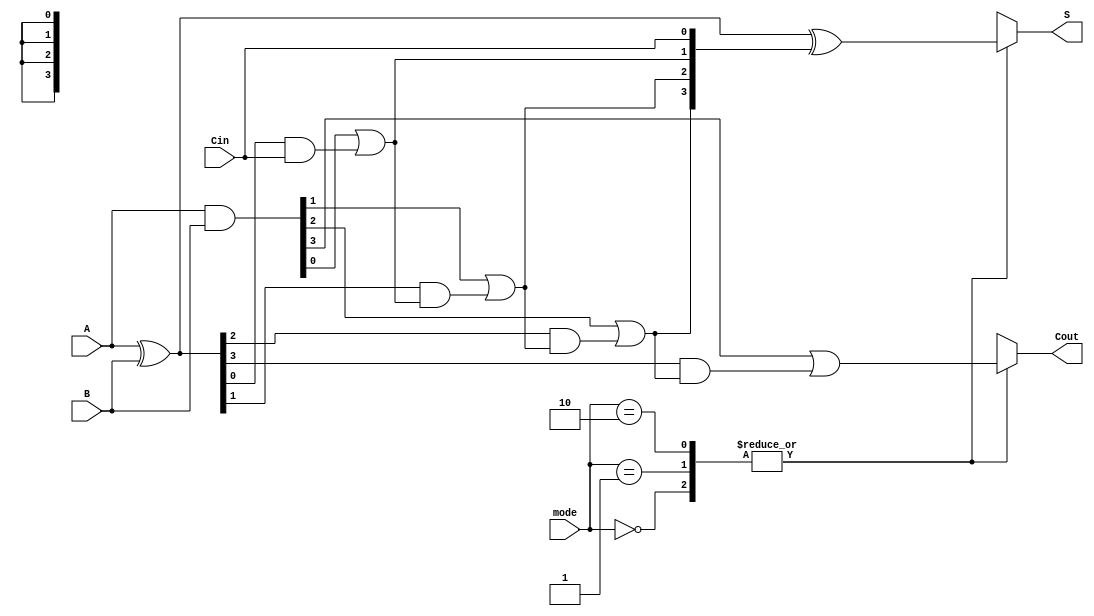
module VLCLA #(
    parameter N = 4 // Bit width (modifiable as needed)
)(
    input [N-1:0] A,    // First operand
    input [N-1:0] B,    // Second operand
    input Cin,          // Carry-in
    input [1:0] mode,   // Mode selector for variable latency (00: fast, 01: medium, 10: slow)
    output reg [N-1:0] S,  // Sum output
    output reg Cout       // Carry-out
);

    // Generate and Propagate signals
    wire [N-1:0] G; // Generate
    wire [N-1:0] P; // Propagate
    wire [N:0] C;   // Carry signals

    // Generate and Propagate logic
    assign G = A & B;   // G[i] = A[i] AND B[i]
    assign P = A ^ B;   // P[i] = A[i] XOR B[i]

    // Base Carry Signal Calculation
    assign C[0] = Cin; // C[0] = Cin

    genvar i;
    generate
        for (i = 1; i <= N; i = i + 1) begin : carry_gen
            assign C[i] = G[i-1] | (P[i-1] & C[i-1]); // C[i] = G[i-1] OR (P[i-1] AND C[i-1])
        end
    endgenerate

    // Sum Calculation
    always @(*) begin
        case (mode)
            2'b00: begin // Fast mode
                S = P ^ C[N-1:0]; // Direct sum computation
                Cout = C[N]; // Cout is the last carry
            end
            2'b01: begin // Medium mode (may add some delay or logic)
                S = P ^ C[N-1:0]; // Medium sum computation (same as fast, could be enhanced)
                Cout = C[N]; // Cout is the last carry
            end
            2'b10: begin // Slow mode (e.g., additional latency handling or extra logic)
                S = P ^ C[N-1:0]; // Slow sum computation (same as others here but could be enhanced)
                Cout = C[N]; // Cout is the last carry
            end
            default: begin
                S = {N{1'bx}}; // Undefined mode, output undefined
                Cout = 1'bx;
            end
        endcase
    end

endmodule